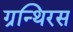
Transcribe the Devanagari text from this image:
ग्रन्थिरस